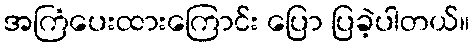
အကြံပေးထားကြောင်း ပြော ပြခဲ့ပါတယ်။